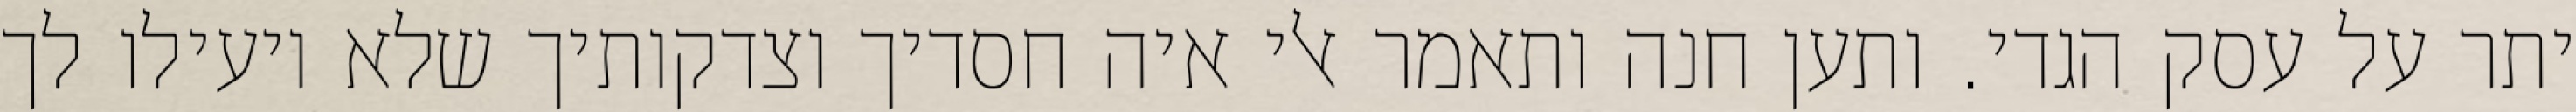
יתר על עסק הגדי. ותען חנה ותאמר אלי איה חסדיך וצדקותיך שלא יועילו לך